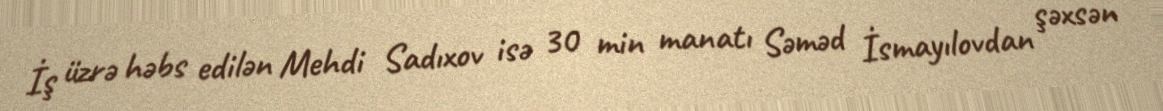
İş üzrə həbs edilən Mehdi Sadıxov isə 30 min manatı Səməd İsmayılovdan şəxsən